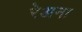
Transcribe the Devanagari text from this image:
रेअना